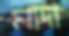
লাদা